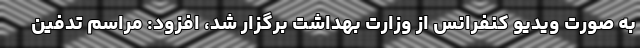
به صورت ویدیو کنفرانس از وزارت بهداشت برگزار شد، افزود: مراسم تدفین